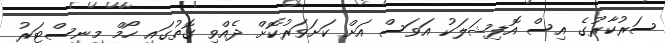
ސަރުކާރުގެ އިސް އޮފިޝަލަކު އަވަސް އަށް ކަށަވަރުކޮށް ދެއްވި ގޮތުގައި ހޯމް މިނިސްޓަރު